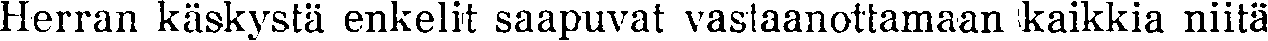
Herran käskystä enkelit saapuvat vastaanottamaan kaikkia niitä